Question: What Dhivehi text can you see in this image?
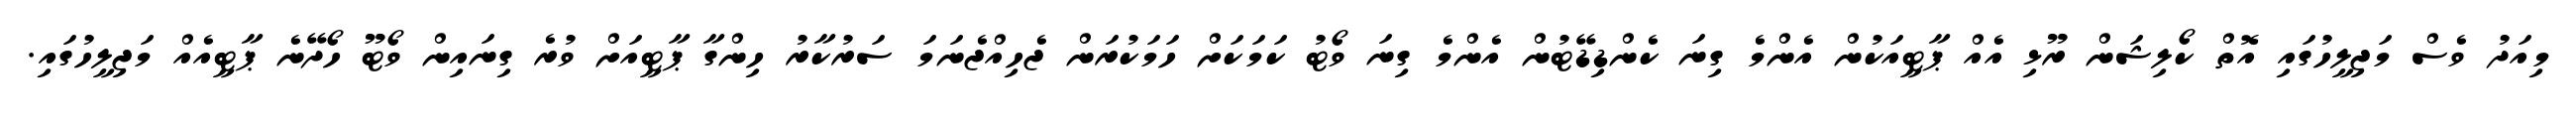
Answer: މިއަދު ވެސް މަޖިލީހުގައި އޮތް ކޯލިޝަން ރޫޅި އެއް ޕާޓީއަކުން އެންމެ ގިނަ ކެންޑިޑޭޓުން އެންމެ ގިނަ ވޯޓު ކަމަކަށް ހަމަކުރަން ޖެހިއްޖެނަމަ ސަރުކާރު ހިންގާ ޕާޓީއަށް ވުރެ ގިނައިން ވޯޓޫ ހޯދޭނެ ޕާޓީއެއް މަޖިލީހުގައި.